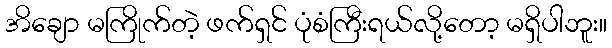
အိချော မကြိုက်တဲ့ ဖက်ရှင် ပုံစံကြီးရယ်လို့တော့ မရှိပါဘူး။